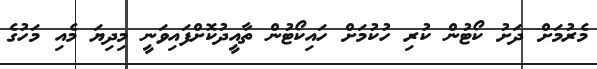
މެރުމަށް ދަށު ކޯޓުން ކުރި ހުކުމަށް ހައިކޯޓުން ތާއީދުކޮށްފައިވަނީ މިދިޔަ މެއި މަހުގެ